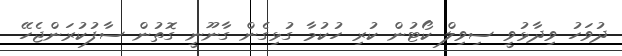
ދުވަހު ވިދާޅުވީ ސިވިލް ކޯޓުން ކުރި ހުކުމާ ގުޅިގެން ގާނޫނީ ގޮތުން ސާފުކުރަންޖެހޭ